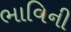
ભાવિની